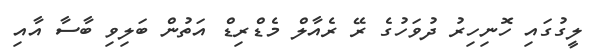
ލީގުގައި ހޮނިހިރު ދުވަހުގެ ރޭ ރެއާލް މެޑްރިޑް އަތުން ބަލިވި ބާސާ އާއި